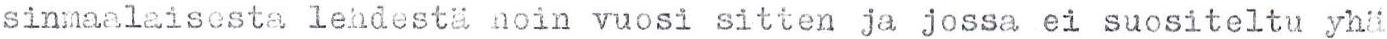
sinmaalaisesta lehdestä noin vuosi sitten ja jossa ei suositeltu yhä